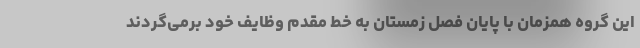
این گروه همزمان با پایان فصل زمستان به خط مقدم وظایف خود برمی‌گردند